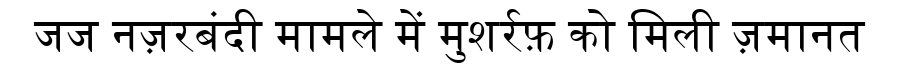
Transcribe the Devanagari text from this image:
जज नज़रबंदी मामले में मुशर्रफ़ को मिली ज़मानत